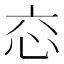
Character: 𢗻